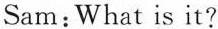
Sam: What is it?